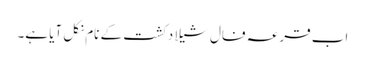
اب قرعہ فال شیلا دکشت کے نام نکل آیا ہے۔